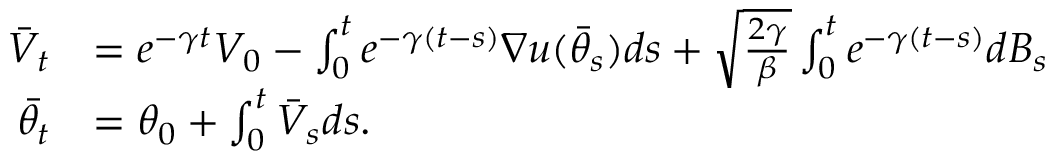
\begin{array} { r l } { \Bar { V } _ { t } } & { = e ^ { - \gamma t } V _ { 0 } - \int _ { 0 } ^ { t } e ^ { - \gamma ( t - s ) } \nabla u ( \Bar { \theta } _ { s } ) d s + \sqrt { \frac { 2 \gamma } { \beta } } \int _ { 0 } ^ { t } e ^ { - \gamma ( t - s ) } d B _ { s } } \\ { \Bar { \theta _ { t } } } & { = \theta _ { 0 } + \int _ { 0 } ^ { t } \Bar { V } _ { s } d s . } \end{array}